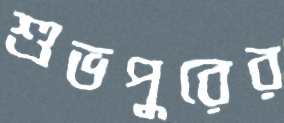
শুভপুরের